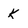
Character: k